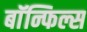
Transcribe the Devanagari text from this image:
बाॅन्फिल्स